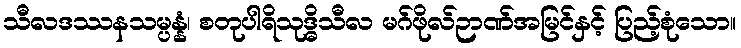
သီလဒဿနသမ္ပန္နံ၊ စတုပါရိသုဒ္ဓိသီလ မဂ်ဖိုလ်ဉာဏ်အမြင်နှင့် ပြည့်စုံသော။